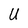
Character: U